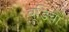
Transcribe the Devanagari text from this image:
बूडिया